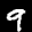
Label: 9